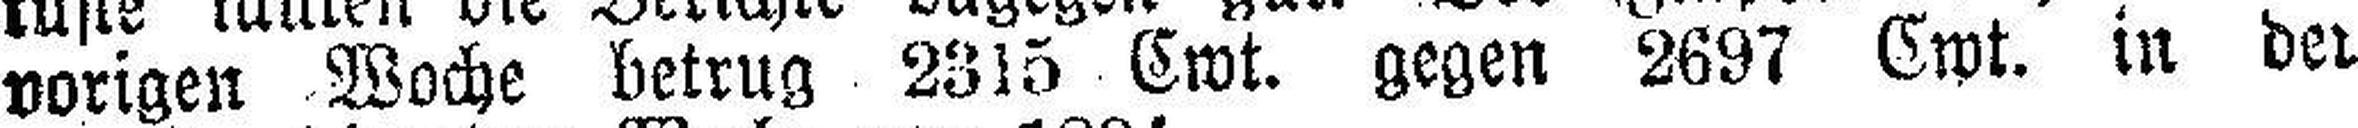
vorigen Woche betrug 2315 Cwt. gegen 2697 Cwt. in der